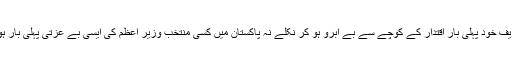
نواز شریف خود پہلی بار اقتدار کے کوچے سے بے ابرو ہو کر نکلے نہ پاکستان میں کسی منتخب وزیر اعظم کی ایسی بے عزتی پہلی بار ہوئی ہے۔